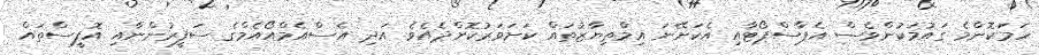
ހަމަކޮންމެ ގައުމަކުންވެސް އެޕާސްޕޯޓާއި އެކަށޭނަ އިމްތިޔާޒުތައް ކަށަވަރުކޮށްދެއެވެ. އަދި އެސްއެމްއޯއެމްގެ ސަފީރުންނާއި އޮފީސްތައް